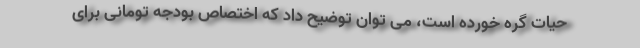
حیات گره خورده است، می توان توضیح داد که اختصاص بودجه تومانی برای